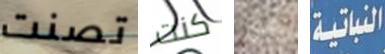
تصنت كنت يجب النباتية